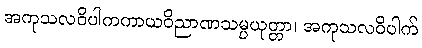
အကုသလဝိပါကကာယဝိညာဏသမ္ပယုတ္တာ၊ အကုသလဝိပါက်